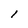
Character: 1